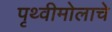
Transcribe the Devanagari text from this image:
पृथ्वीमोलाचे